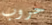
حروب